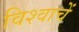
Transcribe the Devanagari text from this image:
विश्वाचें